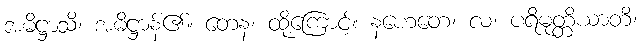
အဓိဋ္ဌာသိ၊ အဓိဋ္ဌာန်၏။ တေန၊ ထို့ကြောင့်။ နဟေတေ၊ လ၊ ပရိမုတ္တိယာတိ၊